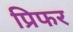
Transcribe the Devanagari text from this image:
प्रिफर